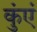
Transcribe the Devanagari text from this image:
कुंएं